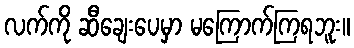
လက်ကို ဆီချေးပေမှာ မကြောက်ကြရဘူး။